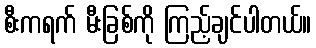
စီးကရက် မီးခြစ်ကို ကြည့်ချင်ပါတယ်။